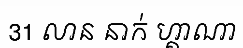
31 លាន នាក់ ហ្គាណា